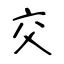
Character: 交